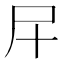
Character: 𱚰